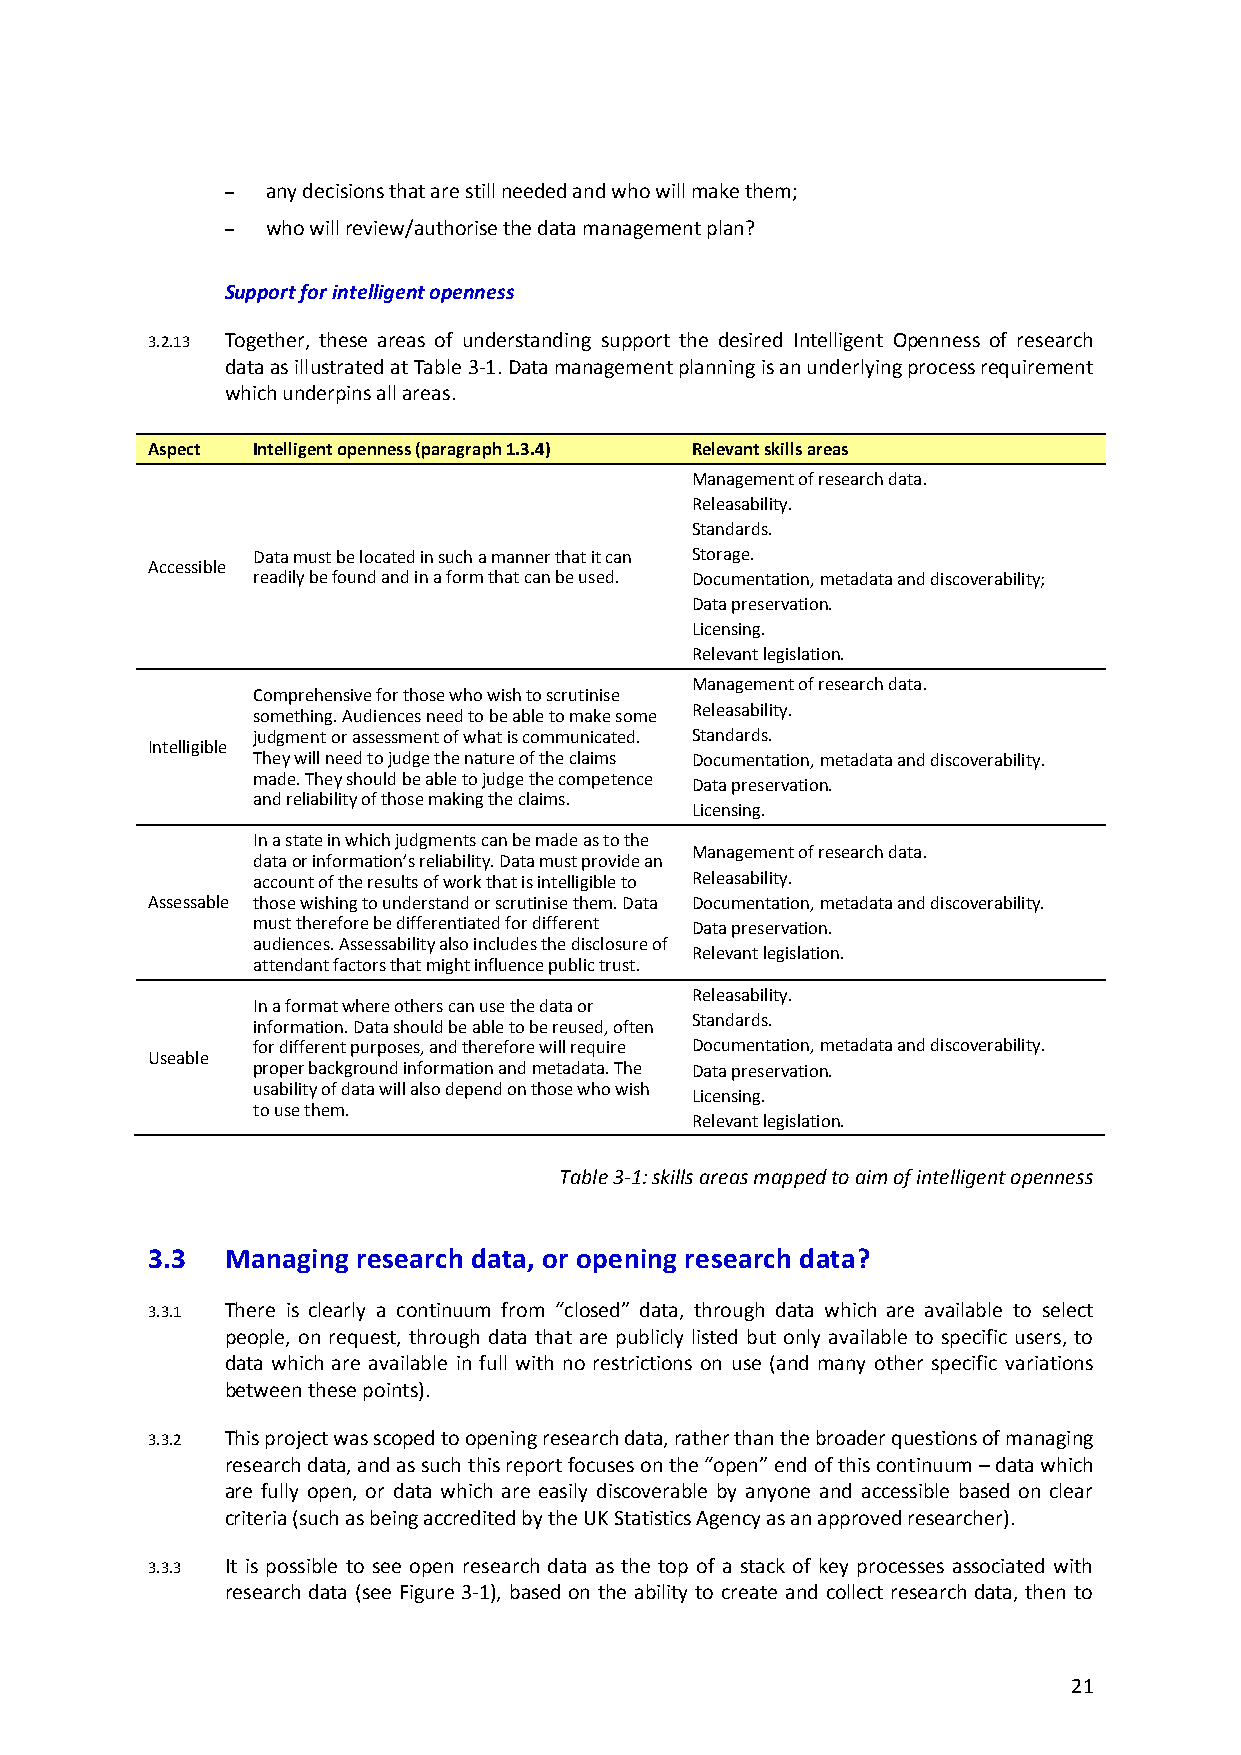
–  any decisions that are still needed and who will make them;
 –  who will review/authorise the data management plan?
 Support for intelligent openness
 3.2.13 Together, these areas of understanding support the desired Intelligent Openness of research
 data as illustrated at Table 3-1. Data management planning is an underlying process requirement
 which underpins all areas.
 Aspect Intelligent openness (paragraph 1.3.4) Relevant skills areas
 Management of research data.
 Releasability.
 Standards.
 Data must be located in such a manner that it can Storage.
 Accessible
 readily be found and in a form that can be used. Documentation, metadata and discoverability;
 Data preservation.
 Licensing.
 Relevant legislation.
 Management of research data.
 Comprehensive for those who wish to scrutinise
 something. Audiences need to be able to make some Releasability.
 judgment or assessment of what is communicated. Standards.
 Intelligible
 They will need to judge the nature of the claims Documentation, metadata and discoverability.
 made. They should be able to judge the competence Data preservation.
 and reliability of those making the claims.
 Licensing.
 In a state in which judgments can be made as to the
 Management of research data.
 data or information’s reliability. Data must provide an
 account of the results of work that is intelligible to Releasability.
 Assessable those wishing to understand or scrutinise them. Data Documentation, metadata and discoverability.
 must therefore be differentiated for different Data preservation.
 audiences. Assessability also includes the disclosure of
 Relevant legislation.
 attendant factors that might influence public trust.
 Releasability.
 In a format where others can use the data or
 information. Data should be able to be reused, often Standards.
 for different purposes, and therefore will require Documentation, metadata and discoverability.
 Useable
 proper background information and metadata. The Data preservation.
 usability of data will also depend on those who wish Licensing.
 to use them.
 Relevant legislation.
 Table 3-1: skills areas mapped to aim of intelligent openness
 3.3  Managing research data, or opening research data?
 3.3.1 There is clearly a continuum from “closed” data, through data which are available to select
 people, on request, through data that are publicly listed but only available to specific users, to
 data which are available in full with no restrictions on use (and many other specific variations
 between these points).
 3.3.2 This project was scoped to opening research data, rather than the broader questions of managing
 research data, and as such this report focuses on the “open” end of this continuum – data which
 are fully open, or data which are easily discoverable by anyone and accessible based on clear
 criteria (such as being accredited by the UK Statistics Agency as an approved researcher).
 3.3.3 It is possible to see open research data as the top of a stack of key processes associated with
 research data (see Figure 3-1), based on the ability to create and collect research data, then to
 21